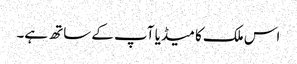
اس ملک کا میڈیا آپ کے ساتھ ہے۔